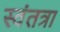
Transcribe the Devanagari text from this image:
स्वंतत्रा